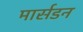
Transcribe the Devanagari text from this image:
मार्सडन